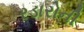
રડારોની